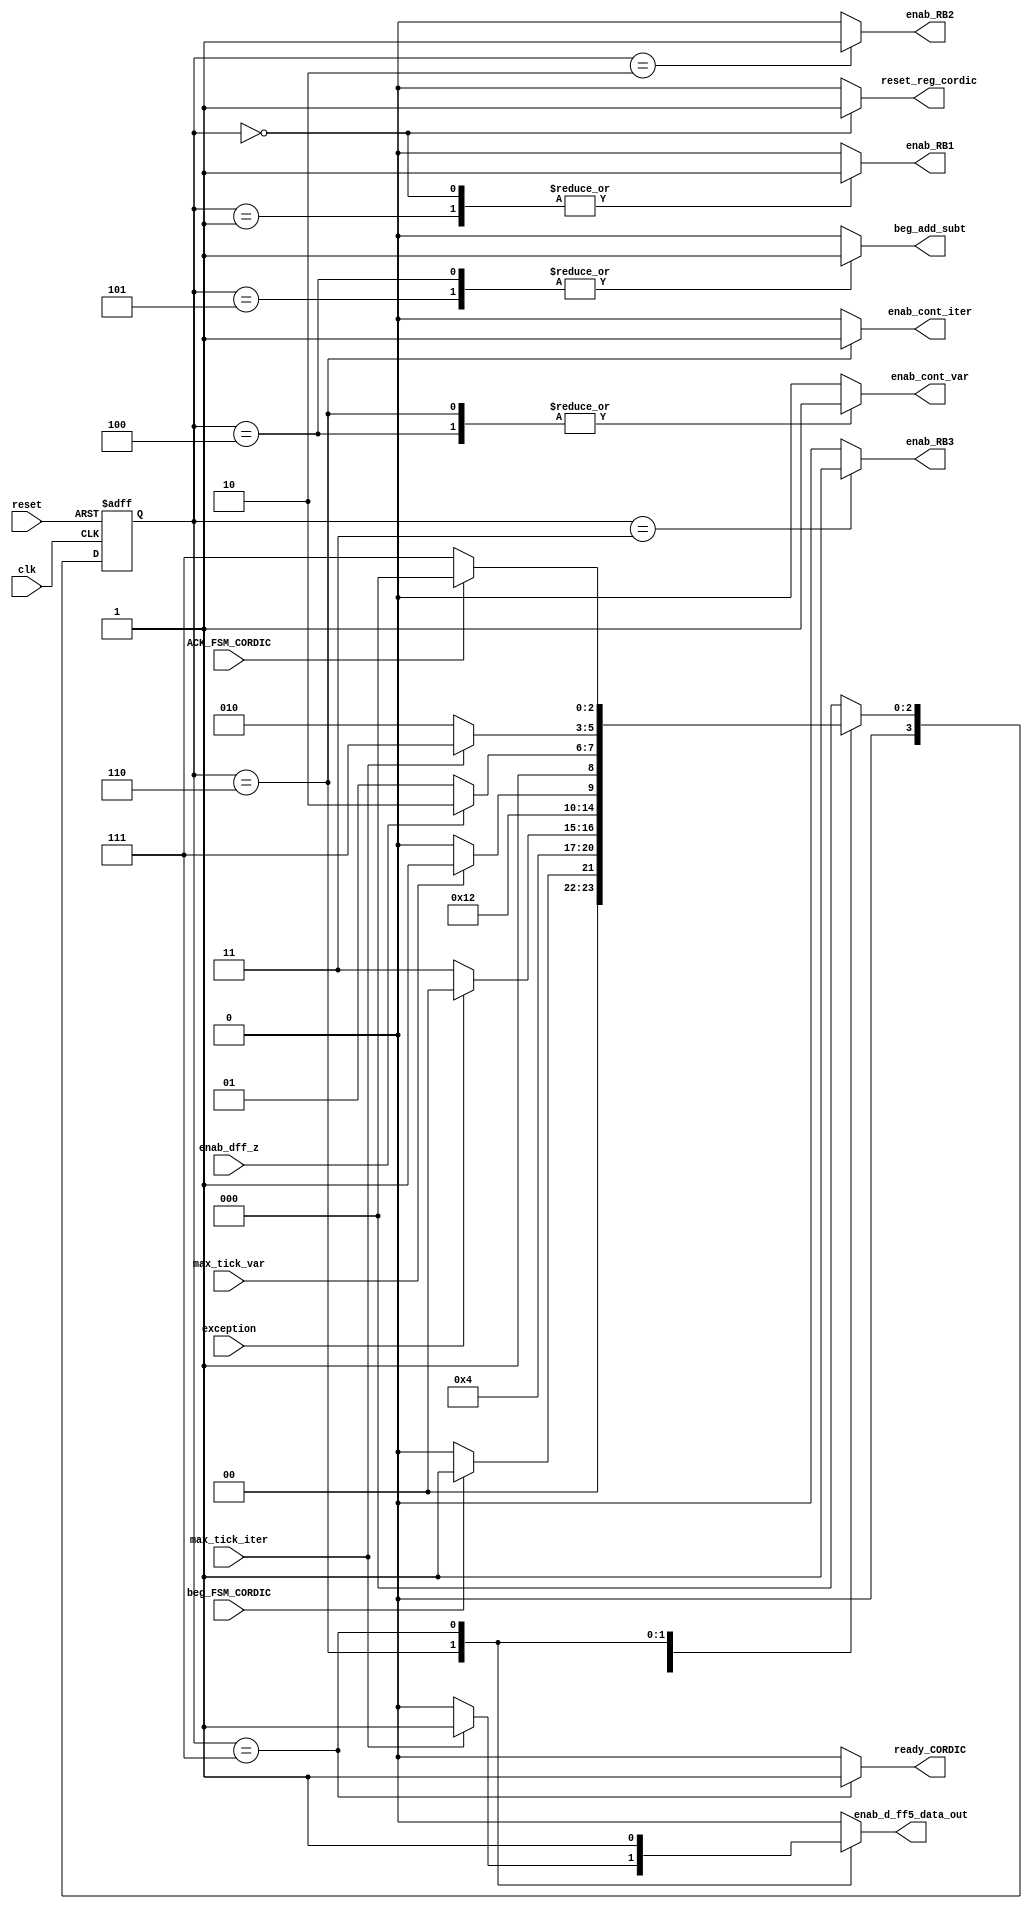
module CORDIC_FSM_v3
(
  //Input Signals
  input wire clk,											//	Reloj del sitema.
  input wire reset,										//	Reset del sitema.
  input wire beg_FSM_CORDIC,								//	Seal de inicio de la maquina de estados.
  input wire ACK_FSM_CORDIC,								//	Seal proveniente del modulo que recibe el resultado, indicado que el dato ha sido recibido.
  input wire exception,
  input wire max_tick_iter, 			//	Seales que indican la maxima y minima cuenta, respectivamente, en el contador de iteraciones.
  input wire max_tick_var, 				//	Seales que indican la maxima y minima cuenta, respectivamente, en el contador de variables.
  input wire enab_dff_z,

  //Output Signals

  output reg reset_reg_cordic,
  output reg ready_CORDIC,								//	Seal que indica que el calculo CORDIC se ha terminado.
  output reg beg_add_subt,								//	Seal que indica al modulo de suma/resta que inicie su operacion.
  output reg enab_cont_iter,				//	Seales de habilitacion y carga, respectivamente, en el contador de iteraciones.
  output reg enab_cont_var,				//	Seales de habilitacion y carga, respectivamente, en el contador de variables.
  output reg enab_RB1, enab_RB2, enab_RB3,
  output reg enab_d_ff5_data_out
);

//symbolic state declaration
localparam [3:0]    est0 = 0,
                    est1 = 1,
                    est2 = 2,
                    est3 = 3,
                    est4 = 4,
                    est5 = 5,
                    est6 = 6,
                    est7 = 7;


//signal declaration
reg [3:0] state_reg, state_next;	//	Guardan el estado actual y el estado futuro, respectivamente.

//state register

always @( posedge clk, posedge reset)
    begin
        if(reset)	// Si hay reset, el estado actual es el estado inicial.
            state_reg <= est0;
        else		//Si no hay reset el estado actual es igual al estado siguiente.
            state_reg <= state_next;
    end

//next-state logic and output logic

always @*
    begin
    state_next = state_reg; // default state : the same

    //declaration of default outputs.
    reset_reg_cordic = 0;
    enab_RB1 = 0;
    enab_RB2 = 0;
    enab_RB3 = 0;
    enab_cont_var  = 0;
    enab_cont_iter = 0;
    enab_d_ff5_data_out = 0;
    ready_CORDIC = 0;
    beg_add_subt = 0;

    case(state_reg)

    est0:
    begin
      reset_reg_cordic = 1'b1;
      enab_RB1 = 1'b1;
      if(beg_FSM_CORDIC) begin
        state_next = est1;
      end else begin
        state_next = est0;
      end
    end

		est1:
		begin
      enab_RB1 = 1'b1;
			state_next = est2;
		end

    est2:
    begin
      enab_RB2 = 1'b1;
			if(exception) begin
				state_next = est0;
			end else begin
				state_next = est3;
      end
    end

    est3:
    begin
      enab_RB3 = 1'b1;
			state_next = est4;
    end

    est4:
    begin
      enab_cont_var = 1'b1; //cont_var++
      beg_add_subt = 1'b1;
      if (max_tick_var) begin
        state_next = est5;
      end else begin
        state_next = est4;
      end
    end

    est5:
    begin
      beg_add_subt = 1'b1;
      if (enab_dff_z) begin
        state_next = est6;
      end else begin
        state_next = est5;
      end
    end

    est6:
    begin
      enab_cont_iter = 1'b1; //cont_iter++
      enab_cont_var = 1'b1; //rst cont to from 3 to 0

      if (max_tick_iter) begin
        state_next = est7; //Es la ultima iteracion, por lo tanto, seguimos a la siguiente etapa
        enab_d_ff5_data_out = 1;
      end else begin
        state_next = est2; //Seguir las iteraciones
        //
      end
    end

    est7:
    begin
      ready_CORDIC = 1'b1;
      enab_d_ff5_data_out = 1'b1;
      if(ACK_FSM_CORDIC) begin
        state_next = est0;
      end else begin
        state_next = est7;
      end
    end

    default :
      begin
        state_next = est0;
      end

    endcase
  end
endmodule